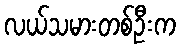
လယ်သမားတစ်ဦးက